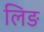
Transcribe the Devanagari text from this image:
लिङ